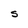
Character: S